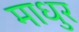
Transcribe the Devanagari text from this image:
माधुर